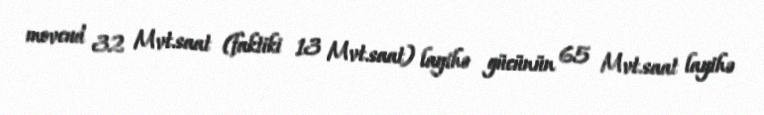
movcud 32 Mvt.saat (faktiki 13 Mvt.saat) layihə gücünün 65 Mvt.saat layihə